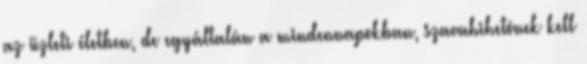
az üzleti életben, de egyáltalán a mindennapokban, szavahihetônek kell